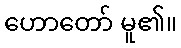
ဟောတော် မူ၏။